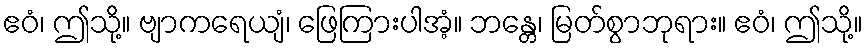
ဧဝံ၊ ဤသို့။ ဗျာကရေယျံ၊ ဖြေကြားပါအံ့။ ဘန္တေ၊ မြတ်စွာဘုရား။ ဧဝံ၊ ဤသို့။